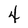
Character: 4